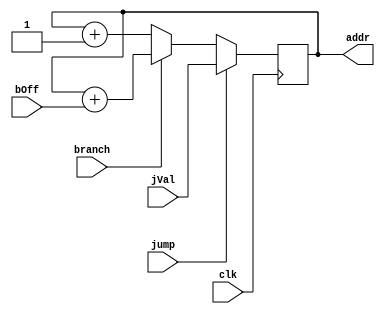
module PC(clk, jump, branch, jVal, bOff, addr);

	input clk;
	input jump, branch;
	
	input [15:0] bOff;
	input [31:0] jVal;
	
	output reg [31:0] addr;
	
	always @ (posedge clk )
	begin
		
		if (jump)
			addr <= jVal;
		else if (branch)
			addr <= addr + $signed(bOff);
		else
			addr <= addr + 1;
			
	end
endmodule